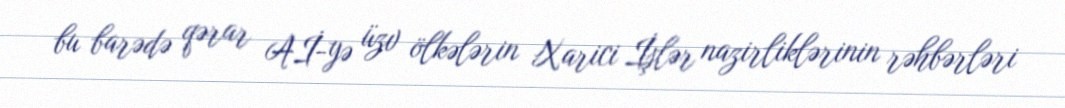
bu barədə qərar Aİ-yə üzv ölkələrin Xarici İşlər nazirliklərinin rəhbərləri